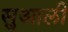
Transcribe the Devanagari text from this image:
सुआली